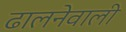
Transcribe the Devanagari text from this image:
ढालनेवाली